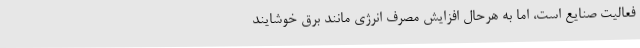
فعالیت صنایع است، اما به هرحال افزایش مصرف انرژی مانند برق خوشایند